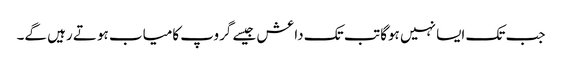
جب تک ایسا نہیں ہوگا تب تک داعش جیسے گروپ کامیاب ہوتے رہیں گے۔